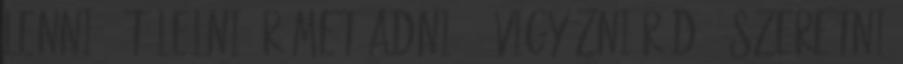
lenni, átölelni Örömet adni, - vigyázni Rád - szeretni